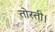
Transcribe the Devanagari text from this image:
तोरती।